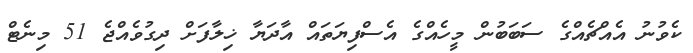
ކެވުނު އެއްޗެއްގެ ސަބަބުން މީހެއްގެ އެސްފިޔަތައް އާދަޔާ ޚިލާފަށް ދިގުވެއްޖެ 51 މިނެޓް